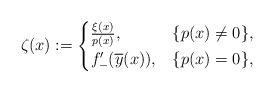
LaTeX: \begin{align*}\zeta(x):=\begin{cases}\frac{\xi(x)}{p(x)}, & \{p(x)\ne 0\},\\f_{-}'(\overline{y}(x)), & \{p(x)= 0\},\end{cases}\end{align*}